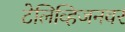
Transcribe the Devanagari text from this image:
टेलिव्हिजनवर